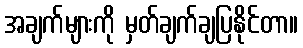
အချက်များကို မှတ်ချက်ချပြနိုင်တာ။